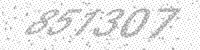
Solution: 851307